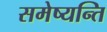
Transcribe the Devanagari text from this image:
समेष्यन्ति